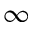
\infty